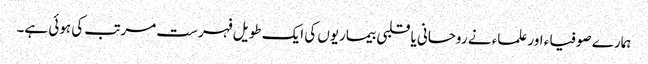
ہمارے صوفیاء اور علماء نے روحانی یا قلبی بیماریوں کی ایک طویل فہرست مرتب کی ہوئی ہے۔